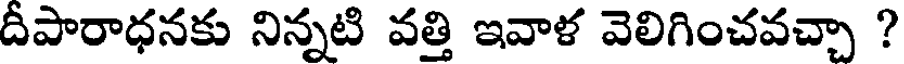
దీపారాధనకు నిన్నటి వత్తి ఇవాళ వెలిగించవచ్చా ?